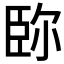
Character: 䑐